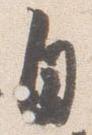
自